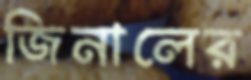
জিনালের